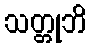
သတ္တုဘိ